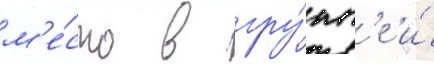
м'е́сто в гру́пп'е и́